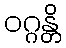
ဝဂ္ဂန္တိ